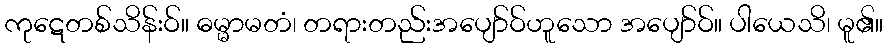
ကုဋေတစ်သိန်းဝ်။ ဓမ္မာမတံ၊ တရားတည်းအပျော်ဝ်ဟူသော အပျော်ဝ်။ ပါယေသိ၊ မူ၏။